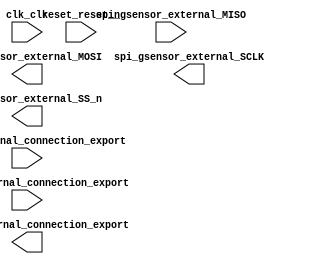

module DECA_QSYS (
	clk_clk,
	pio_key_external_connection_export,
	pio_led_external_connection_export,
	pio_sw_external_connection_export,
	reset_reset_n,
	spi_gsensor_external_MISO,
	spi_gsensor_external_MOSI,
	spi_gsensor_external_SCLK,
	spi_gsensor_external_SS_n);	

	input		clk_clk;
	input	[1:0]	pio_key_external_connection_export;
	output	[7:0]	pio_led_external_connection_export;
	input	[1:0]	pio_sw_external_connection_export;
	input		reset_reset_n;
	input		spi_gsensor_external_MISO;
	output		spi_gsensor_external_MOSI;
	output		spi_gsensor_external_SCLK;
	output		spi_gsensor_external_SS_n;
endmodule